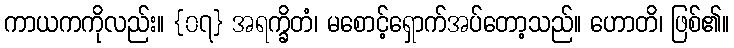
ကာယကကိုလည်း။ {၀၇} အရက္ခိတံ၊ မစောင့်ရှောက်အပ်တော့သည်။ ဟောတိ၊ ဖြစ်၏။